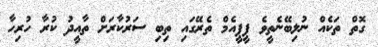
ގޮތް ތަކެއް ނުލިބޭނެތީވެ ޕީޕީއެމް ތެރޭގައި ތިބި ސަރުކާރަށް ތާއީދު ކުރާ ހުރިހާ